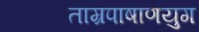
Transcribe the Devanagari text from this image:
ताम्रपाषाणयुग